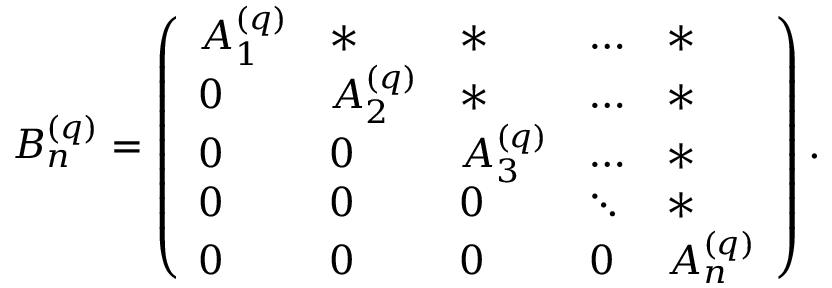
B _ { n } ^ { ( q ) } = \left( \begin{array} { l l l l l } { A _ { 1 } ^ { ( q ) } } & { * } & { * } & { \hdots } & { * } \\ { 0 } & { A _ { 2 } ^ { ( q ) } } & { * } & { \hdots } & { * } \\ { 0 } & { 0 } & { A _ { 3 } ^ { ( q ) } } & { \hdots } & { * } \\ { 0 } & { 0 } & { 0 } & { \ddots } & { * } \\ { 0 } & { 0 } & { 0 } & { 0 } & { A _ { n } ^ { ( q ) } } \end{array} \right) .